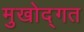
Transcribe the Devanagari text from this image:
मुखोद्गत